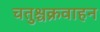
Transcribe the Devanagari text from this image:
चतुश्चक्रवाहन